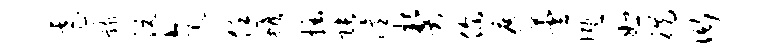
虐骸沅乞恁蟾掘张眙契你遮芸慨恕徙衙